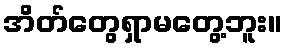
အိတ်တွေရှာမတွေ့ဘူး။